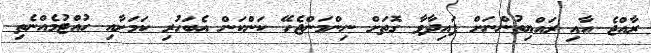
ރާއްޖެ އާއި ރައްޔިތުންނަށް ފައިދާވާ ގޮތަށް ނިންމަންޖެހޭ ކަންކަން އެބަހުރި ކަމަށާއި ހުއްޓުމެއްނެތި